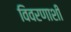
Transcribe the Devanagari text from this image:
विवरणाशी